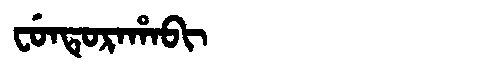
Manchu: ᠸᡠᠨᡨᡠᡵᠠᡥᠠᠪᡳ
Romanization: FUNTURAHABI